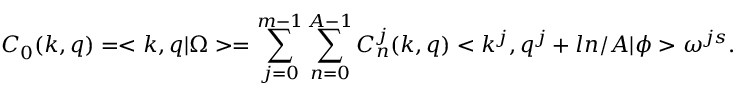
C _ { 0 } ( k , q ) = < k , q | \Omega > = \sum _ { j = 0 } ^ { m - 1 } \sum _ { n = 0 } ^ { A - 1 } C _ { n } ^ { j } ( k , q ) < k ^ { j } , q ^ { j } + l n / A | \phi > \omega ^ { j s } .